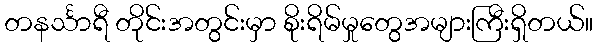
တနင်္သာရီ တိုင်းအတွင်းမှာ စိုးရိမ်မှုတွေအများကြီးရှိတယ်။